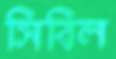
সিবিল